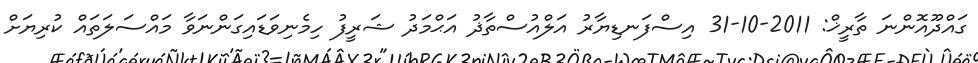
ގައްދޫއޮންނަ ތާރީޚް: 2011-10-31 އިސްފަނޑިޔާރު އަލްއުސްތާޛު އަޙްމަދު ޝަރީފު ހިމެނިވަޑައިގަންނަވާ މައްސަލަތައް ކުރިޔަށް